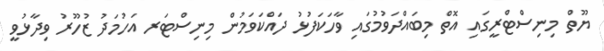
ޔޫތް މިނިސްޓްރީގައި އޮތް މިބައްދަވުމުގައި ވާހަކަފުޅު ދައްކަވަމުން މިނިސްޓަރ އަހުމަދު ޒުހޫރު ވިދާޅުވީ